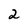
Character: 2